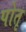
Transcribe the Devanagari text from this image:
पोतृ